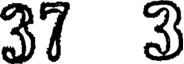
37 3